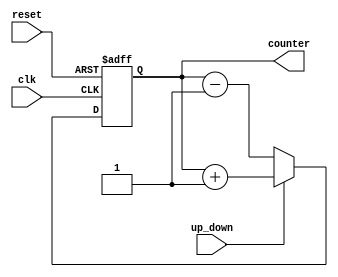
module synchronous_counter(
    input clk,
    input reset,
    input up_down,
    output reg [3:0] counter
);

always @(posedge clk or posedge reset) begin
    if (reset) begin
        counter <= 4'b0000;
    end else begin
        if (up_down) begin
            counter <= counter + 4'b0001;
        end else begin
            counter <= counter - 4'b0001;
        end
    end
end

endmodule